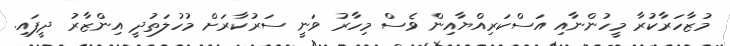
މުޒާހަރާކުރާ މީހުންނާއި އަސްކަރިއްޔާއިން ވެސް މިހާރު ވަނީ ސަރުކާރަށް މުހުލަތުދީ އިންޒާރު ދީފައި.